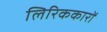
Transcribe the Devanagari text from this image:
लिरिककारों